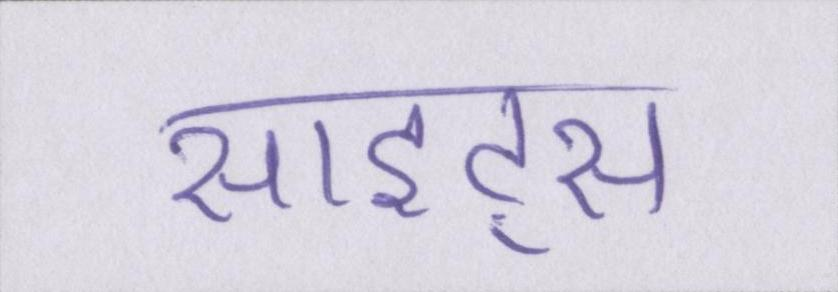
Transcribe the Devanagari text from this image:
साइट्स